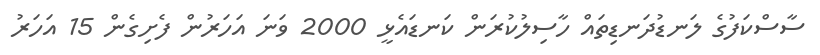
ސާސްކަފުގެ ލަނޑުދަނޑިތައް ހާސިލުކުރަން ކަނޑައެޅީ 2000 ވަނަ އަހަރުން ފެށިގެން 15 އަހަރު